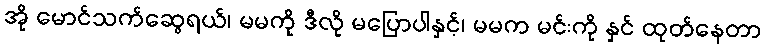
အို မောင်သက်ဆွေရယ်၊ မမကို ဒီလို မပြောပါနှင့်၊ မမက မင်းကို နှင် ထုတ်နေတာ